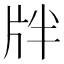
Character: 牉